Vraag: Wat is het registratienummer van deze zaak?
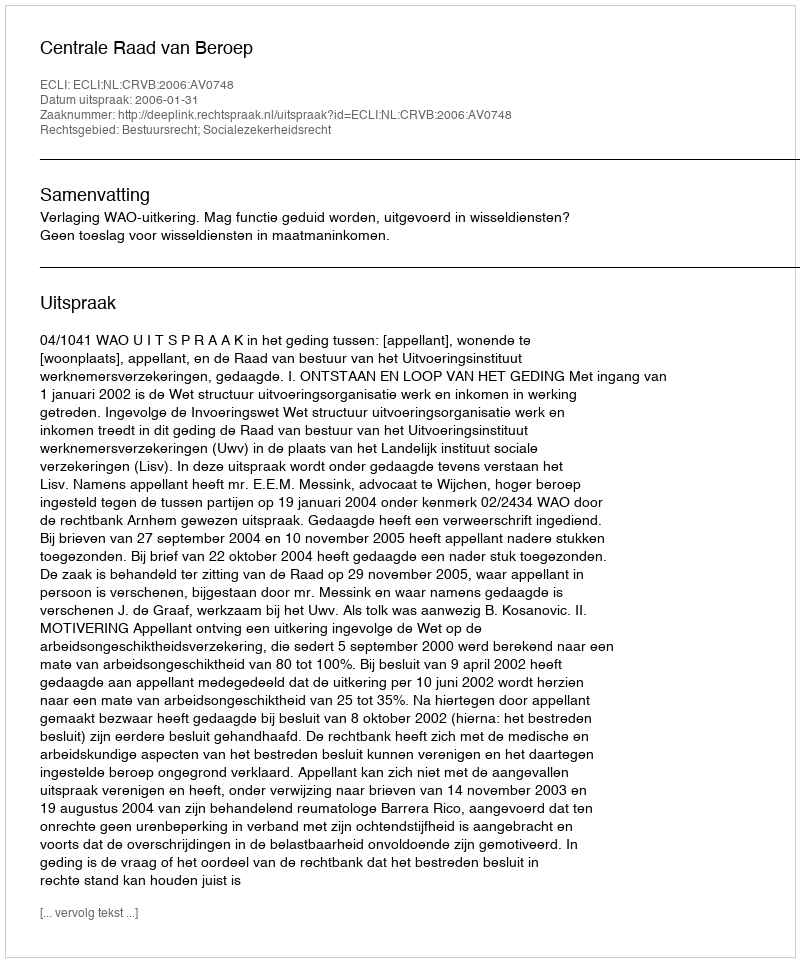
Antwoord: http://deeplink.rechtspraak.nl/uitspraak?id=ECLI:NL:CRVB:2006:AV0748